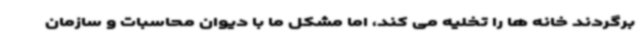
برگردند خانه ها را تخلیه می کند، اما مشکل ما با دیوان محاسبات و سازمان